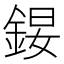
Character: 𨧉